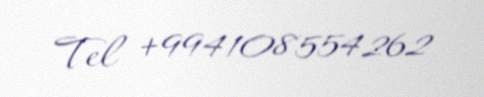
Tel +994108554262